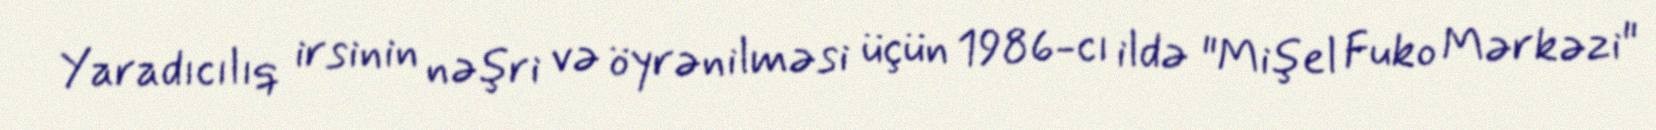
Yaradıcılıq irsinin nəşri və öyrənilməsi üçün 1986-cı ildə "Mişel Fuko Mərkəzi"